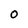
Character: O